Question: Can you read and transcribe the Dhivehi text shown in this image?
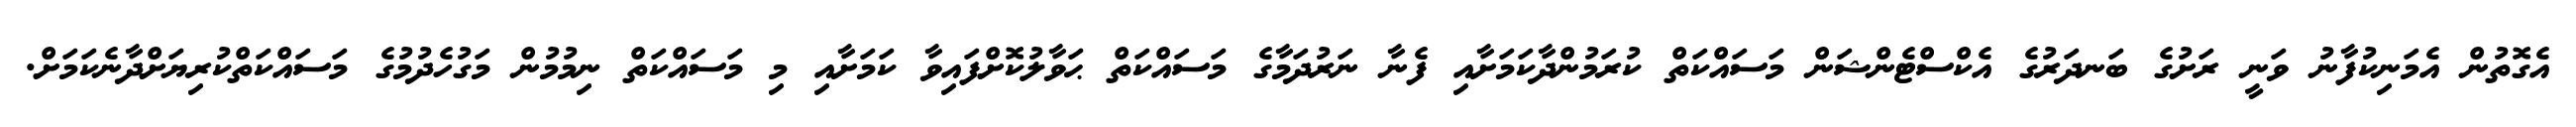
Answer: އެގޮތުން އެމަނިކުފާނު ވަނީ ރަށުގެ ބަނދަރުގެ އެކްސްޓެންޝަން މަސައްކަތް ކުރަމުންދާކަމަށާއި ފެނާ ނަރުދަމާގެ މަސައްކަތް ޙަވާލުކޮށްފައިވާ ކަމަށާއި މި މަސައްކަތް ނިމުމުން މަގުހެދުމުގެ މަސައްކަތްކުރިޔަށްދާނެކަމަށް.